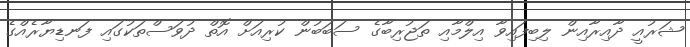
ޝަރުއީ ދާއިރާއިން ލިބިފައިވާ އިލްމާއި ތަޖުރިބާގެ ސަބަބުން ކުރިއަށް އޮތް ދުވަސްތަކުގައި ފަނޑިޔާރެއްގެ